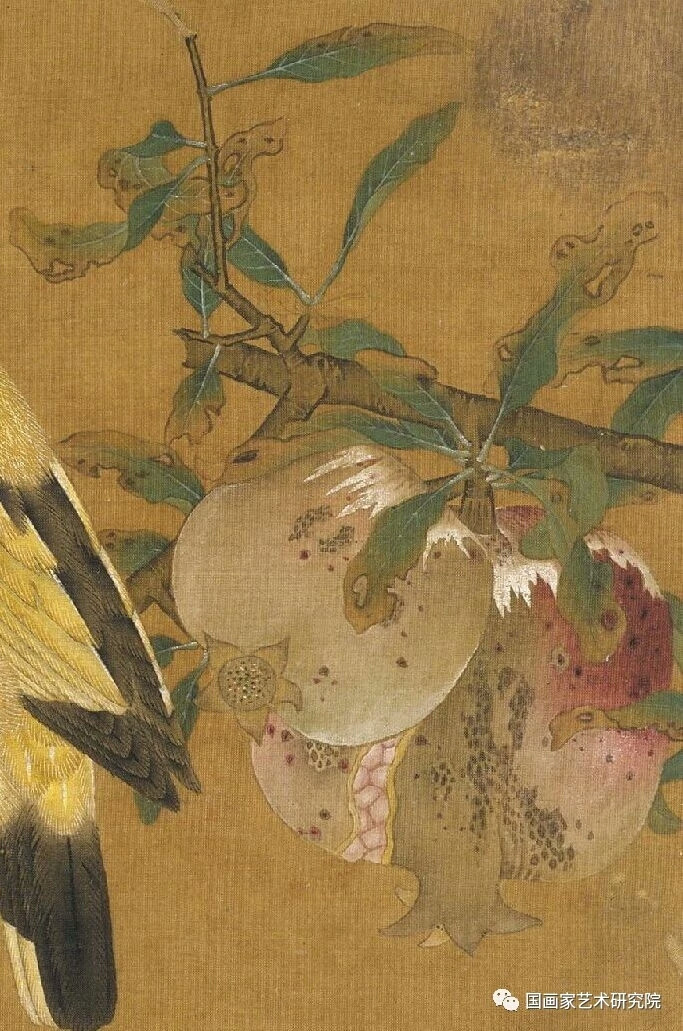
榴叶拥花当北户，竹根抽笋出东墙。